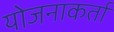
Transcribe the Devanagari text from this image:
योजनाकर्ता